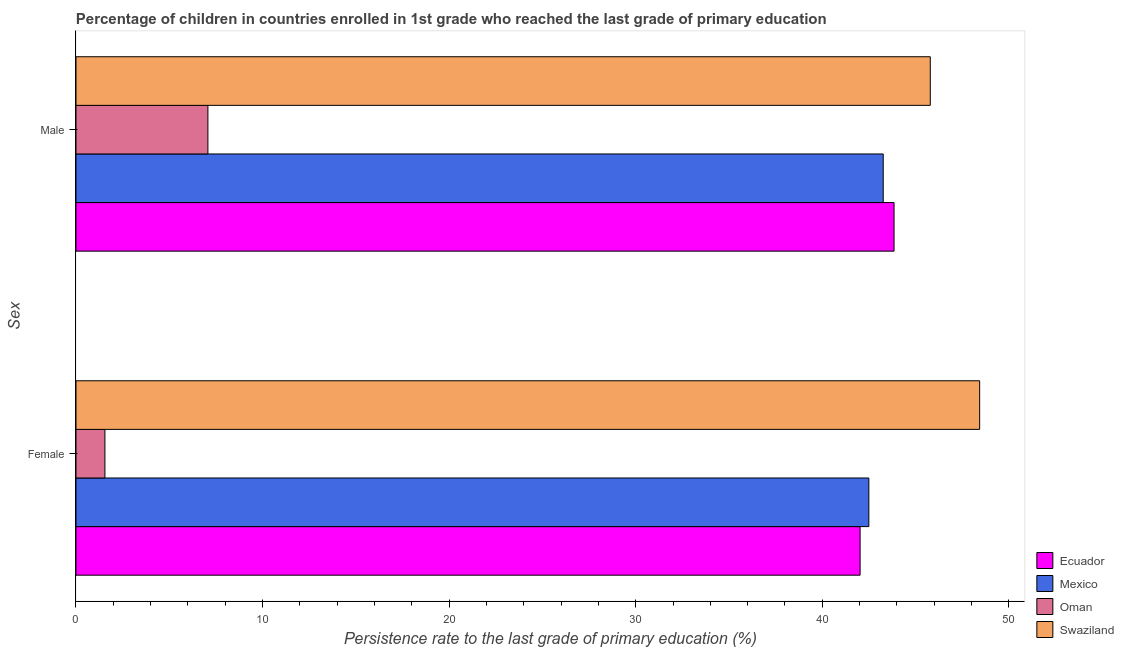
| Sex | Ecuador | Mexico | Oman | Swaziland |
 | --- | --- | --- | --- | --- |
 | Female | 42 | 42.5 | 1.55 | 48.4 |
 | Male | 43.8 | 43.3 | 7.07 | 45.8 |